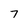
Character: 7